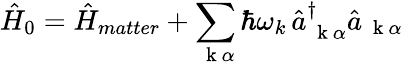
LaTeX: \hat{H}_{0}=\hat{H}_{matter}+\sum_{\mathrm{~\mathbf~k~}\alpha}\hbar\omega_{k}\, \hat{a}_{\mathrm{~\mathbf~k~}\alpha}^{\dagger}\hat{a}_{\mathrm{~\mathbf~k~}\alpha}